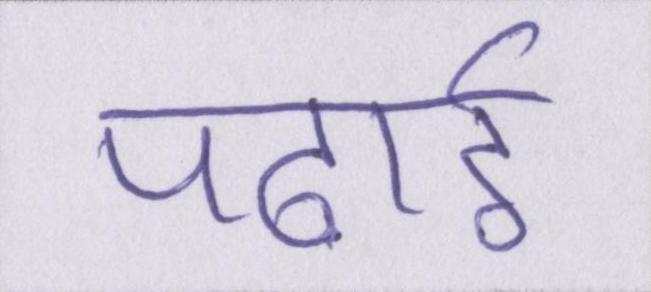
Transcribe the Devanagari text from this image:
पढ़ाई